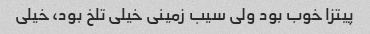
پیتزا خوب بود ولی سیب زمینی خیلی تلخ بود، خیلی